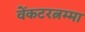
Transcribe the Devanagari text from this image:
वेंकटरत्नम्मा